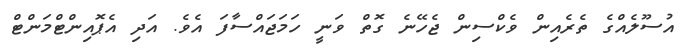
އުސޫލެއްގެ ތެރެއިން ވެކްސިން ޖެހޭނެ ގޮތް ވަނީ ހަމަޖައްސާފަ އެވެ. އަދި އެޕޮއިންޓްމަންޓް